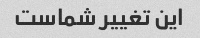
این تغییر شماست